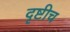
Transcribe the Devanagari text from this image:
दृष्टीच